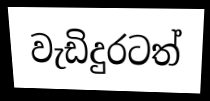
වැඩිදුරටත්